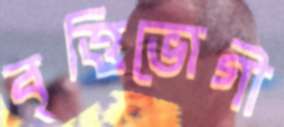
বৃত্তিভোগী